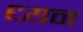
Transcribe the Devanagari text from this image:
ध्यन